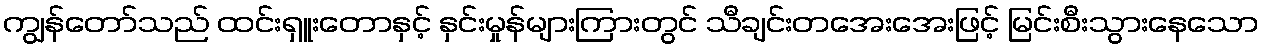
ကျွန်တော်သည် ထင်းရှူးတောနှင့် နှင်းမှုန်များကြားတွင် သီချင်းတအေးအေးဖြင့် မြင်းစီးသွားနေသော